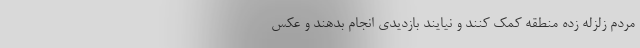
مردم زلزله زده منطقه کمک کنند و نیایند بازدیدی انجام بدهند و عکس